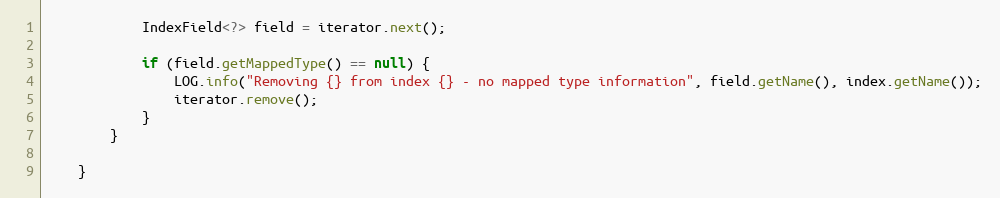
Language: Java
            IndexField<?> field = iterator.next();

            if (field.getMappedType() == null) {
                LOG.info("Removing {} from index {} - no mapped type information", field.getName(), index.getName());
                iterator.remove();
            }
        }

    }